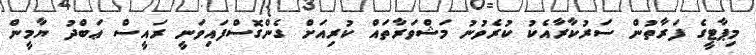
މިޕާޓީގެ ފަރާތުން ސަރުކާރާއެކު ކުރެވުނު މަޝްވަރާތައް ކުރިއަށް ގެންގޮސްފައިވަނީ ރައީސް ޢަބްދު ޔާމީން